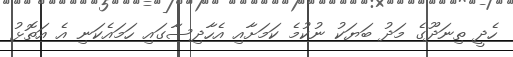
ހެދީ ތިނަދޫގެ މަދު ބަޔަކު ނުކުމެ ކަމަށާއި އެހާދިސާގައި ހަމައެކަނި އެ އަތޮޅު